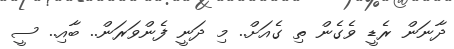
ދާނަން ރެޑީ ވެގެން ތި ގެއަށް.. މި ދަނީ ފެންވަރަން.. ބާއި.. ސީ